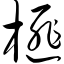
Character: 榧